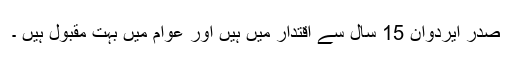
صدر ایردوان 15 سال سے اقتدار میں ہیں اور عوام میں بہت مقبول ہیں ۔